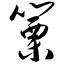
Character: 篥